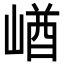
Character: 崷